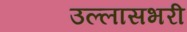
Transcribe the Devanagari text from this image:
उल्लासभरी